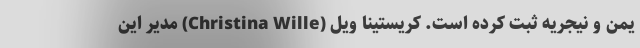
یمن و نیجریه ثبت کرده است. کریستینا ویل (Christina Wille) مدیر این